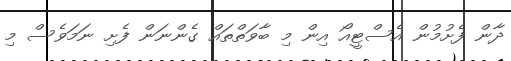
ދާން ފެށުމުން އެސްޓީއޯ އިން މި ބާވަތްތައް ގެންނަން ފެށި ނަމަވެސް މި